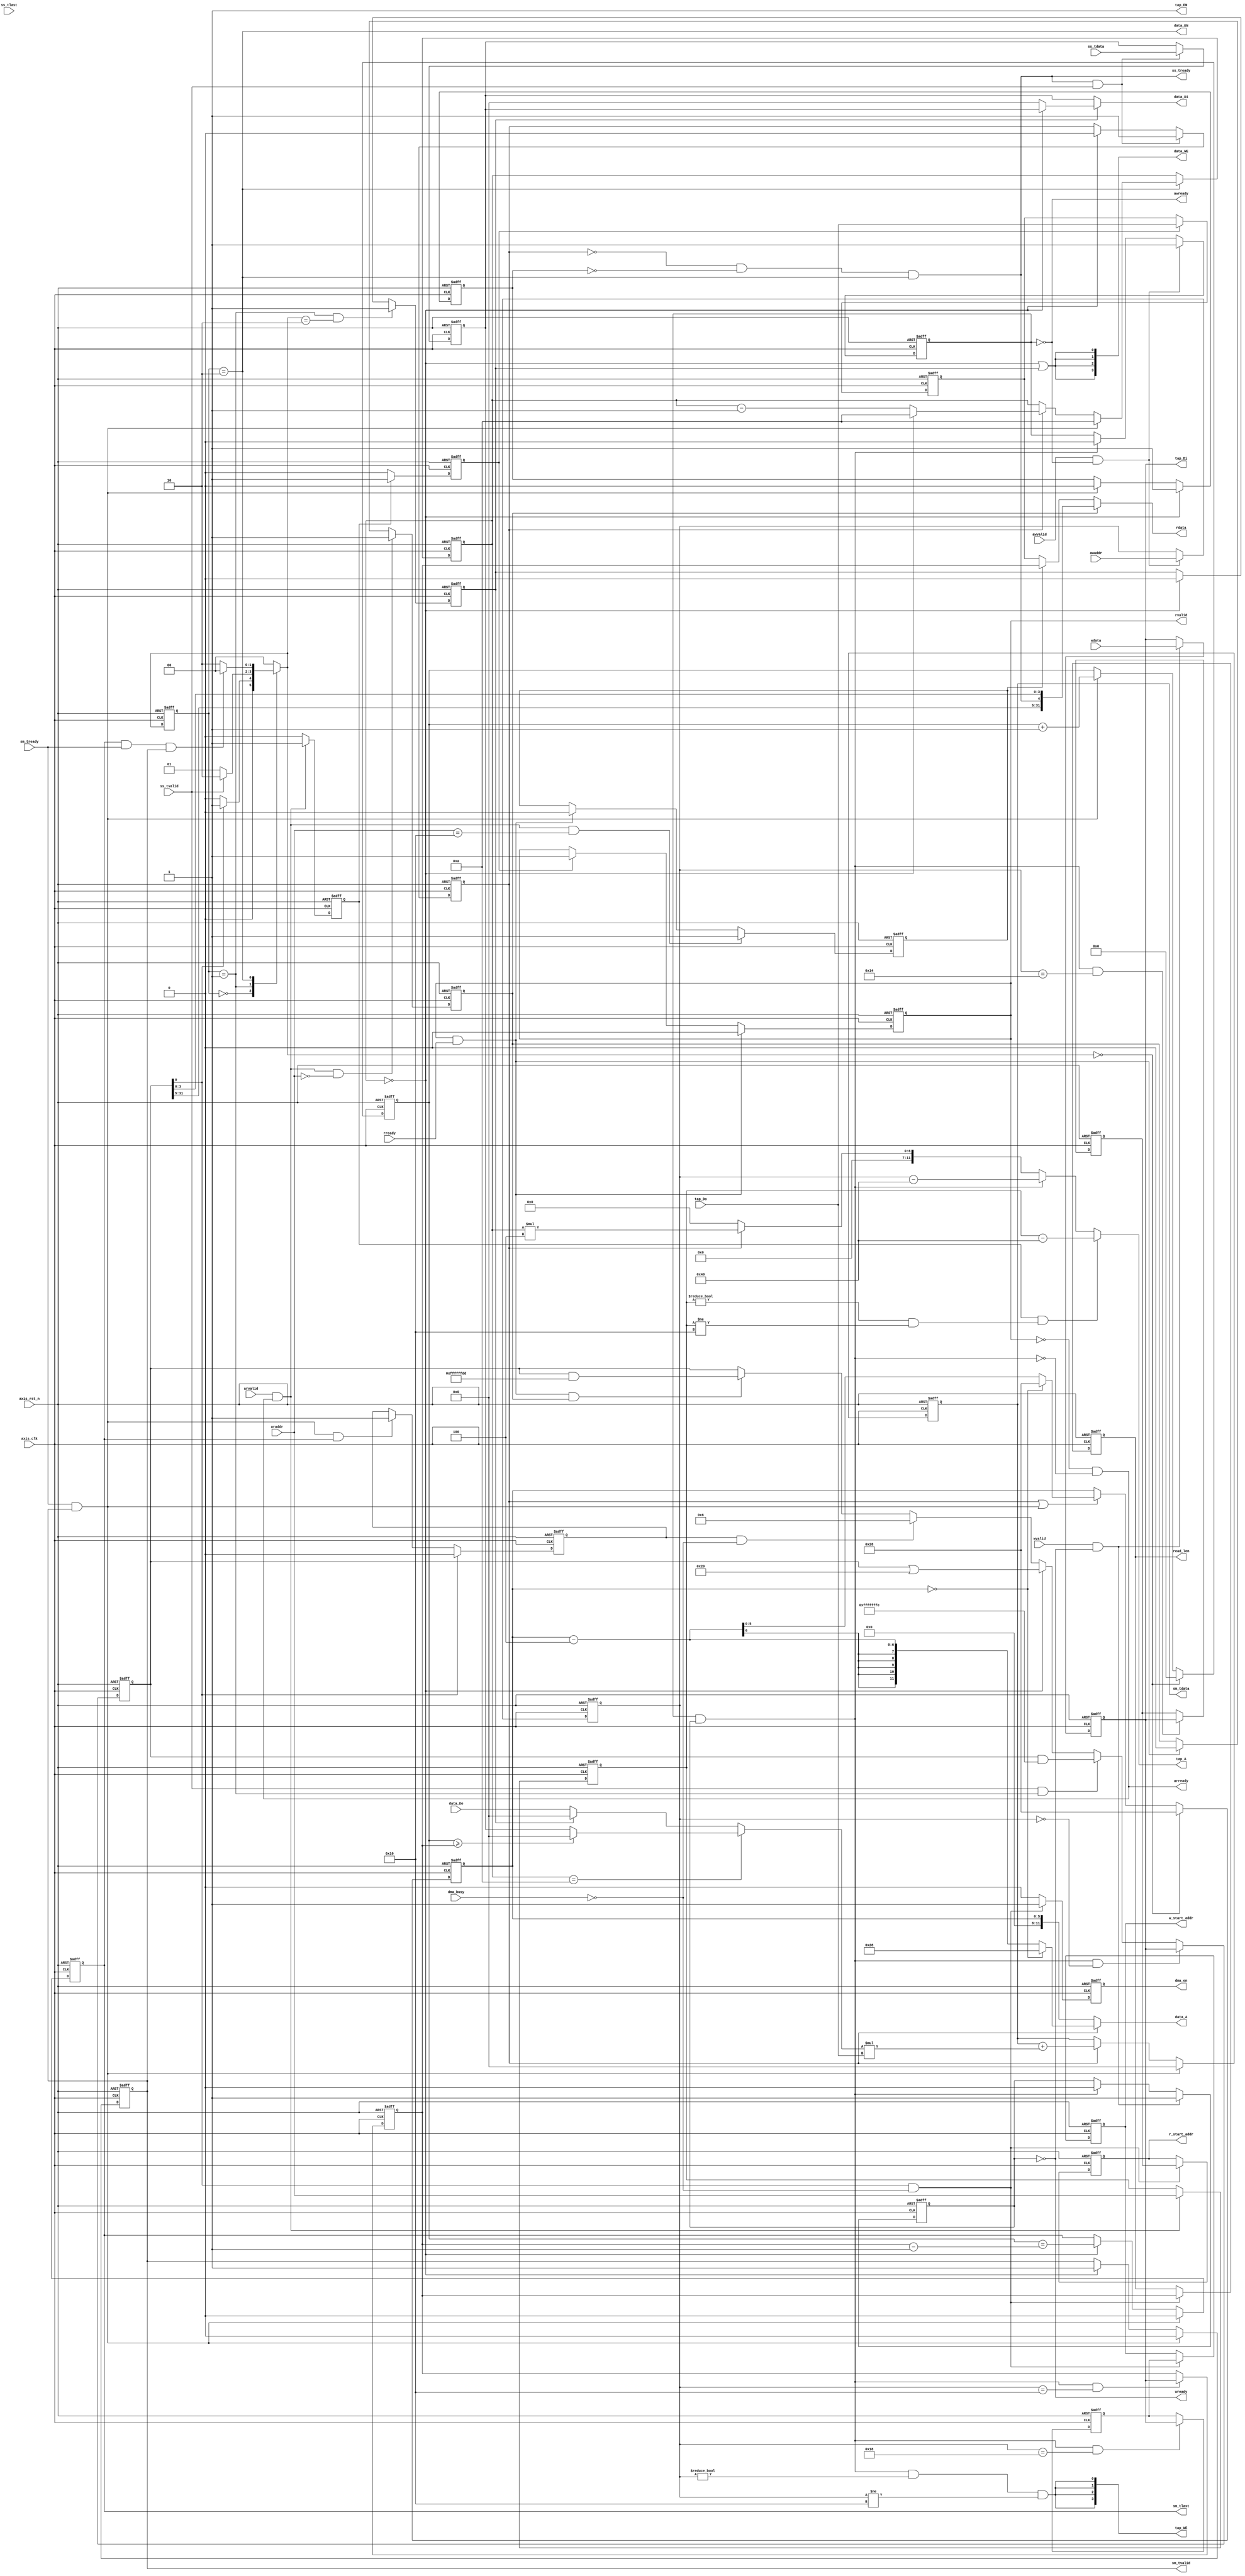
module fir 
#(  parameter pADDR_WIDTH = 12,
    parameter pDATA_WIDTH = 32,
    parameter Tape_Num    = 11
)
(
	// AXI-Lite write channel
    output  wire                     awready,
    output  wire                     wready,
    input   wire                     awvalid,
    input   wire [(pADDR_WIDTH-1):0] awaddr,
    input   wire                     wvalid,
    input   wire [(pDATA_WIDTH-1):0] wdata,
    
	// AXI-Lite read channel
    output  wire                     arready,
    input   wire                     rready,
    input   wire                     arvalid,
    input   wire [(pADDR_WIDTH-1):0] araddr,
    output  wire                     rvalid,
    output  reg  [(pDATA_WIDTH-1):0] rdata,    
	
	// DMA config
    output  reg                      dma_en,
	output  reg  [(pDATA_WIDTH-1):0] r_start_addr,
	output  reg  [(pDATA_WIDTH-1):0] w_start_addr,
	output  reg  [(pDATA_WIDTH-1):0] read_len,
	input	wire					 dma_busy,
	// output  reg						 dma_write_en,
	
	// AXI-Stream from DMA
    input   wire                     ss_tvalid, 
    input   wire [(pDATA_WIDTH-1):0] ss_tdata, 
    input   wire                     ss_tlast, 
    output  reg                      ss_tready, 
	
	// AXI-Stream to DMA
    input   wire                     sm_tready, 
    output  reg                      sm_tvalid, 
    output  wire [(pDATA_WIDTH-1):0] sm_tdata, 
    output  reg                      sm_tlast, 
    
    // bram for tap RAM
    output  wire [3:0]               tap_WE,
    output  wire                     tap_EN,
    output  wire [(pDATA_WIDTH-1):0] tap_Di,
    output  reg  [(pADDR_WIDTH-1):0] tap_A,
    input   wire [(pDATA_WIDTH-1):0] tap_Do,

    // bram for data RAM
    output  wire [3:0]               data_WE,
    output  wire                     data_EN,
    output  wire [(pDATA_WIDTH-1):0] data_Di,
    output  wire [(pADDR_WIDTH-1):0] data_A,
    input   wire [(pDATA_WIDTH-1):0] data_Do,
	
	// system signals
    input   wire                     axis_clk,
    input   wire                     axis_rst_n
);


    // write your code here!
    parameter   IDLE            = 2'b00, 
                WAIT_FOR_DATA   = 2'b01, 
                COMPUTE         = 2'b10,  
                RESET           = 2'b11;

    reg [1:0] current_state, next_state;


    /* 1.Bit 0 (lowest bit):
          0: The module is in IDLE state.
          1: The module is waiting for data status (WAIT_FOR_DATA).
       2.Bits 1-4: reserved bits.
       3.Bit 5:
          0: The data length is 0.
          1: The data length is non-zero.
       4.Bits 6-31: reserved bits.*/
    reg [(pDATA_WIDTH-1):0] configuration;
    reg [(pDATA_WIDTH-1):0] data_length;
	reg [(pDATA_WIDTH-1):0] dma_r_start_addr;
	reg [(pDATA_WIDTH-1):0] dma_w_start_addr;

    reg [(pADDR_WIDTH-1):0] axilite_write_addr;
    reg [(pDATA_WIDTH-1):0] axilite_write_data;
    reg axilite_wdata_received;
    reg axilite_waddr_received;
    reg axilite_write_en;

    //reg [(pADDR_WIDTH-1):0] axilite_reg_raddr;
    reg [(pDATA_WIDTH-1):0] axilite_read_reg;
    reg axilite_out_valid;
    reg wait_tapram_data;
    reg axilite_raddr_received;
    reg [(pADDR_WIDTH-1):0] axilite_read_addr;
    reg read_data_length;
    reg read_configuration;
    
    reg first_data;
    reg [5:0] shift_counter;
    wire data_write_en;
    reg [3:0] rdata_working; //for fir reading state, count 10 clk
    reg calculate, outputing;
    reg last_data;
    reg signed [(pDATA_WIDTH-1):0] data_received;
    reg [9:0] data_counter;

    reg signed [(pDATA_WIDTH-1):0] accumulated_result;
    wire signed [(pDATA_WIDTH-1):0] mult_result;
    reg signed [(pDATA_WIDTH-1):0] mult1;
    wire signed [(pDATA_WIDTH-1):0] mult2;
    reg signed [(pDATA_WIDTH-1):0] current_data;

    always@(*) begin
        case(current_state)
            IDLE: begin
                if(configuration[0] == 1)   next_state = WAIT_FOR_DATA;
                else                        next_state = IDLE;
            end
            WAIT_FOR_DATA: begin
                if(ss_tvalid)   next_state = COMPUTE;
                else            next_state = WAIT_FOR_DATA;
            end
            COMPUTE: begin
                if(sm_tlast && sm_tready && sm_tvalid)  next_state = IDLE;
                else                                    next_state = COMPUTE;
            end
            default: begin
                next_state = IDLE;
            end
        endcase
    end

    always@(posedge axis_clk or negedge axis_rst_n) begin
        if(!axis_rst_n) current_state <= IDLE;
        else            current_state <= next_state;
    end

    //-------------------------------------tap sram----------------------------------------------------
    assign tap_EN = 1;

    // axi lite write
    assign awready = !axilite_waddr_received;
    assign wready = !axilite_wdata_received;
    assign tap_WE = {4{axilite_write_en && axilite_write_addr != 12'h00 && axilite_write_addr != 12'h10}};
    assign tap_Di = axilite_write_data;

    always@(*) begin
        axilite_write_en = (axilite_waddr_received && axilite_wdata_received);
    end

    always@(posedge axis_clk or negedge axis_rst_n) begin
        if(!axis_rst_n) begin
            axilite_write_addr <= 0;
        end
        else begin
            if(awvalid && awready)  axilite_write_addr <= awaddr;
            else                    axilite_write_addr <= axilite_write_addr;
        end
    end

    always@(posedge axis_clk or negedge axis_rst_n) begin
        if(!axis_rst_n) begin
            axilite_write_data <= 0;
        end
        else begin
            if(wvalid && wready) axilite_write_data <= wdata;
            else axilite_write_data <= axilite_write_data;
        end
    end

    always@(posedge axis_clk or negedge axis_rst_n) begin
        if(!axis_rst_n) begin
            axilite_waddr_received <= 0;
        end
        else begin
            if(awvalid && awready)      axilite_waddr_received <= 1;
            else if(axilite_write_en)   axilite_waddr_received <= 0;
            else                        axilite_waddr_received <= axilite_waddr_received;
        end
    end

    always@(posedge axis_clk or negedge axis_rst_n) begin
        if(!axis_rst_n) begin
            axilite_wdata_received <= 0;
        end
        else begin
            if(wvalid && wready)        axilite_wdata_received <= 1;
            else if(axilite_write_en)   axilite_wdata_received <= 0;
            else                        axilite_wdata_received <= axilite_wdata_received;
        end
    end

    // axi lite read
    assign arready = !rvalid && !axilite_write_en;
    assign rvalid = axilite_out_valid;

    always@(*) begin
        if(read_configuration)      rdata = {configuration[31:5], ss_tready, configuration[3:0]};
        else if(read_data_length)   rdata = data_length;
        else                        rdata = axilite_read_reg;
    end

    always@(posedge axis_clk or negedge axis_rst_n) begin
        if(!axis_rst_n) begin
            axilite_raddr_received <= 0;
        end
        else begin
            if(arvalid && arready)  axilite_raddr_received <= 1;
            else                    axilite_raddr_received <= 0;
        end
    end

    always@(posedge axis_clk or negedge axis_rst_n) begin
        if(!axis_rst_n) begin
            axilite_read_addr <= 0;
        end
        else begin
            if(arvalid && arready)  axilite_read_addr <= araddr;
            else                    axilite_read_addr <= axilite_read_addr;
        end
    end

    always@(posedge axis_clk or negedge axis_rst_n) begin
        if(!axis_rst_n) begin
            read_data_length <= 0;
        end
        else begin
            if(arvalid && arready && araddr == 12'h10)  read_data_length <= 1;
            else if(rvalid && rready)                   read_data_length <= 0;
            else                                        read_data_length <= read_data_length;
        end
    end

    always@(posedge axis_clk or negedge axis_rst_n) begin
        if(!axis_rst_n) begin
            read_configuration <= 0;
        end
        else begin 
            if(arvalid && arready && araddr == 12'h00)  read_configuration <= 1;
            else if(rvalid && rready)                   read_configuration <= 0;
            else                                        read_configuration <= read_configuration;
        end
    end

    always@(posedge axis_clk or negedge axis_rst_n) begin
        if(!axis_rst_n) begin
            wait_tapram_data <= 0;
        end
        else begin
            if(axilite_raddr_received)  wait_tapram_data <= 1;
            else                        wait_tapram_data <= 0;
        end
    end

    always@(posedge axis_clk or negedge axis_rst_n) begin
        if(!axis_rst_n) begin
            axilite_read_reg <= 0;
        end
        else begin 
            if(wait_tapram_data)    axilite_read_reg <= tap_Do;
            else                    axilite_read_reg <= axilite_read_reg;
        end
    end

    always@(posedge axis_clk or negedge axis_rst_n) begin
        if(!axis_rst_n) begin
            axilite_out_valid <= 0;
        end
        else begin
            if(rvalid && rready)        axilite_out_valid <= 0;
            else if(wait_tapram_data)   axilite_out_valid <= 1;
            else                        axilite_out_valid <= axilite_out_valid;
        end
    end

    // axi lite address control
    always@(*) begin
        if(axilite_raddr_received && (axilite_read_addr != 12'h00 && axilite_read_addr != 12'h10)) 
                                    tap_A = axilite_read_addr - 12'h40;
        else if(axilite_write_en)   tap_A = axilite_write_addr - 12'h40;
        else                        tap_A = calculate ? rdata_working * 4 : 0;
    end

    reg sm_done;
    wire task_done;
    always@(posedge axis_clk or negedge axis_rst_n) begin
        if(!axis_rst_n) sm_done <= 0;
        else begin
            if(configuration[0] == 1)                   sm_done <= 0;
            else if(sm_tready && sm_tvalid && sm_tlast) sm_done <= 1;
            else                                        sm_done <= sm_done;
        end
    end

    assign task_done = (sm_done && !dma_busy);
    // configuration and data length storage
    always@(posedge axis_clk or negedge axis_rst_n) begin
        if(!axis_rst_n) begin
            configuration <= 32'h0000_0004;
        end
        else begin 
            if(axilite_write_en && axilite_write_addr == 12'h00)    configuration <= axilite_write_data;
            else if(ss_tvalid && current_state == WAIT_FOR_DATA)    configuration <= configuration & 32'hFFFF_FFFE;
            else if(rdata_working == 0)                           configuration <= configuration | 32'h0000_0020;
            else if(task_done)                                      configuration <= 32'h0000_0006;
            else if(rready && rvalid && read_configuration)         configuration <= configuration & 32'hFFFF_FFDD;
            else                                                    configuration <= configuration;
        end
    end

	// axilite get datalength
    always@(posedge axis_clk or negedge axis_rst_n) begin
        if(!axis_rst_n) begin
            data_length <= 0;
        end
        else begin
            if(axilite_write_en && axilite_write_addr == 12'h10)    data_length <= axilite_write_data;
            else                                                    data_length <= data_length;
        end
    end
	
	// axilite get dma_r_start_addr
    always@(posedge axis_clk or negedge axis_rst_n) begin
        if(!axis_rst_n) begin
            dma_r_start_addr <= 0;
        end
        else begin
            if(axilite_write_en && axilite_write_addr == 12'h14)    dma_r_start_addr <= axilite_write_data;
            else                                                    dma_r_start_addr <= dma_r_start_addr;
        end
    end

	// axilite get dma_w_start_addr
    always@(posedge axis_clk or negedge axis_rst_n) begin
        if(!axis_rst_n) begin
            dma_w_start_addr <= 0;
        end
        else begin
            if(axilite_write_en && axilite_write_addr == 12'h18)    dma_w_start_addr <= axilite_write_data;
            else                                                    dma_w_start_addr <= dma_w_start_addr;
        end
    end
	
	// fir config dma
	always@(posedge axis_clk or negedge axis_rst_n) begin
		if(!axis_rst_n) begin
			read_len <= 0;
			r_start_addr <= 0;
			w_start_addr <= 0;
            dma_en <= 0;
		end
		else begin
			if(configuration[0] == 1 && !dma_busy) begin
				read_len <= data_length;
				r_start_addr <= dma_r_start_addr;
				w_start_addr <= dma_w_start_addr;
                dma_en <= 1;
			end
			else begin
				read_len <= read_len;
				r_start_addr <= r_start_addr;
				w_start_addr <= w_start_addr;
                dma_en <= 0;
			end
		end
	end

    //------------------------------------COMPUTE state logic-----------------------------------------------------------
    // data sram control
    assign data_EN = (current_state == COMPUTE);
    assign data_write_en = (rdata_working == 0 || first_data);
    assign data_WE = {4{data_write_en}};
    assign data_A = (calculate) ? ((shift_counter==0) ? 'd40 : shift_counter - 4) : shift_counter;
    assign mult2 = tap_Do;
    assign data_Di = first_data ? ((rdata_working == 0) ? data_received : 0) : data_received;
    assign mult_result = mult1 * mult2;
    assign sm_tdata = accumulated_result;

    always@(*) begin
        if(rdata_working == 10) begin
            if(data_counter >= data_length) mult1 = 0;
            else                            mult1 = data_received;
        end
        else begin
            if(first_data)  mult1 = 0;
            else            mult1 = data_Do;
        end
    end

    always@(posedge axis_clk or negedge axis_rst_n) begin
        if(!axis_rst_n) begin
            data_counter <= 0;
        end
        else begin
            if(next_state == IDLE)          data_counter <= 0;
            else if(sm_tready && sm_tvalid) data_counter <= data_counter + 1;
            else                            data_counter <= data_counter;
        end
    end
    
    always@(posedge axis_clk or negedge axis_rst_n) begin
        if(!axis_rst_n) begin
            data_received <= 0;
        end
        else begin
            if(ss_tready && ss_tvalid)  data_received <= ss_tdata;
            else                        data_received <= data_received;
        end
    end

    always@(posedge axis_clk or negedge axis_rst_n) begin
        if(!axis_rst_n) begin
            last_data <= 0;
        end
        else begin
            if(next_state == IDLE)          last_data <= 0;
            else if(ss_tready && ss_tvalid) last_data <= ss_tlast;
            else                            last_data <= last_data;
        end
    end

    always@(posedge axis_clk or negedge axis_rst_n) begin
        if(!axis_rst_n) begin
            calculate <= 0;
        end
        else begin
            if(ss_tready && ss_tvalid)      calculate <= 1;
            else if(rdata_working == 0)   calculate <= 0;
            else                            calculate <= calculate;
        end
    end

    always@(posedge axis_clk or negedge axis_rst_n) begin
        if(!axis_rst_n) begin
            outputing <= 0;
        end
        else begin
            if(rdata_working == 0)        outputing <= 1;
            else if(sm_tready && sm_tvalid) outputing <= 0;
            else                            outputing <= outputing;
        end
    end

    always@(posedge axis_clk or negedge axis_rst_n) begin
        if(!axis_rst_n) begin
            rdata_working <= 10;
        end
        else begin
            if(current_state ==COMPUTE) begin
                if(sm_tready && sm_tvalid)      rdata_working <= 10;
                else if(calculate) begin
                    if(rdata_working == 0)    rdata_working <= 10;
                    else                        rdata_working <= rdata_working - 1;
                end
                else                            rdata_working <= rdata_working;
            end
            else                                rdata_working <= rdata_working;
        end
    end

    always@(posedge axis_clk or negedge axis_rst_n) begin
        if(!axis_rst_n) begin
            current_data <= 0;
        end
        else begin
            if(rdata_working == 1)    current_data <= data_Do;
            else                        current_data <= current_data;
        end
    end

    always@(posedge axis_clk or negedge axis_rst_n) begin
        if(!axis_rst_n) begin
            first_data <= 0;
        end
        else begin
            if(current_state == WAIT_FOR_DATA && next_state == COMPUTE) first_data <= 1;
            else if(rdata_working == 0)                               first_data <= 0;
            else                                                        first_data <= first_data;
        end
    end

    always@(posedge axis_clk or negedge axis_rst_n) begin
        if(!axis_rst_n) begin
            shift_counter <= 40;
        end
        else begin
            if(next_state == IDLE)      shift_counter <= 40;
            else if(calculate || (sm_tready && sm_tvalid)) begin
                if(shift_counter == 0)  shift_counter <= 40;
                else                    shift_counter <= shift_counter - 4;
            end
            else                        shift_counter <= shift_counter;
        end
    end

    always@(posedge axis_clk or negedge axis_rst_n) begin
        if(!axis_rst_n) begin
            accumulated_result <= 0;
        end
        else begin
            if(sm_tready && sm_tvalid)  accumulated_result <= 0;
            else if(calculate)          accumulated_result <= accumulated_result + mult_result;
            else                        accumulated_result <= accumulated_result;
        end
    end


    // ss control
    always@(*) begin
        ss_tready = (!calculate && !outputing && current_state == COMPUTE);
    end

    // sm control
    always@(posedge axis_clk or negedge axis_rst_n) begin
        if(!axis_rst_n) begin
            sm_tvalid <= 0;
        end
        else begin
            if(sm_tready && sm_tvalid)      sm_tvalid <= 0;
            else if(rdata_working == 0)   sm_tvalid <= 1;
            else                            sm_tvalid <= sm_tvalid;
        end
    end

    always@(posedge axis_clk or negedge axis_rst_n) begin
        if(!axis_rst_n) begin
            sm_tlast <= 0;
        end
        else begin
            if(sm_tvalid && sm_tready)      sm_tlast <= 0;
            else if(rdata_working == 0)   sm_tlast <= (data_counter == data_length - 1);
            else                            sm_tlast <= sm_tlast;
        end
    end

    always@(posedge axis_clk or negedge axis_rst_n) begin
        if(!axis_rst_n) begin

        end
        else begin

        end
    end

    always@(posedge axis_clk or negedge axis_rst_n) begin
        if(!axis_rst_n) begin

        end
        else begin

        end
    end


endmodule